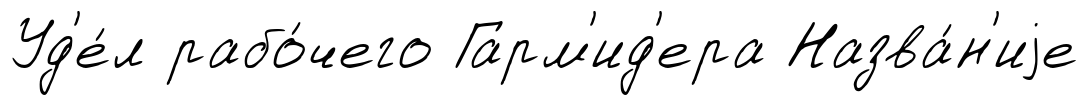
Уд'е́л рабо́чего Гарм'ид'ера Назва́н'иjе